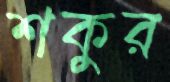
শকুর